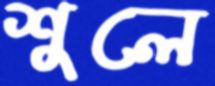
শুলে